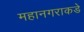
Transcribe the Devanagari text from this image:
महानगराकडे